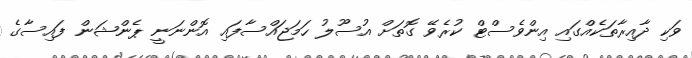
ވަކި ދާއިރާތަކެއްގައި އިންވެސްޓް ކުރެވޭ ގޮތަށް އުސޫލު ހަމަޖައްސާފައި އޮންނަނީ ޕެންޝަން ފައިސާގެ